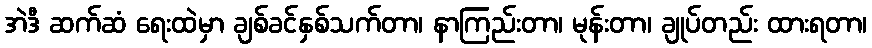
အဲဒီ ဆက်ဆံ ရေးထဲမှာ ချစ်ခင်နှစ်သက်တာ၊ နာကြည်းတာ၊ မုန်းတာ၊ ချုပ်တည်း ထားရတာ၊